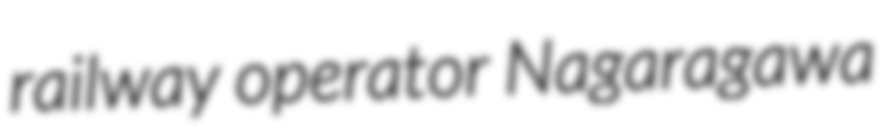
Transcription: railway operator Nagaragawa